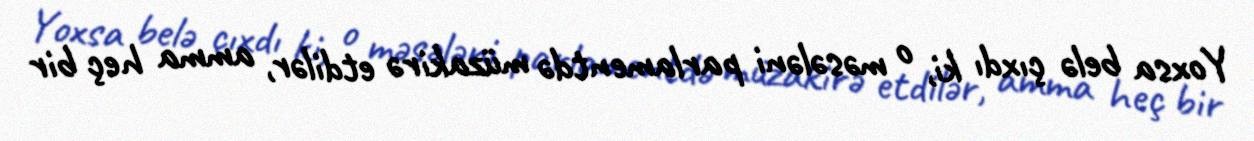
Yoxsa belə çıxdı ki, o məsələni parlamentdə müzakirə etdilər, amma heç bir